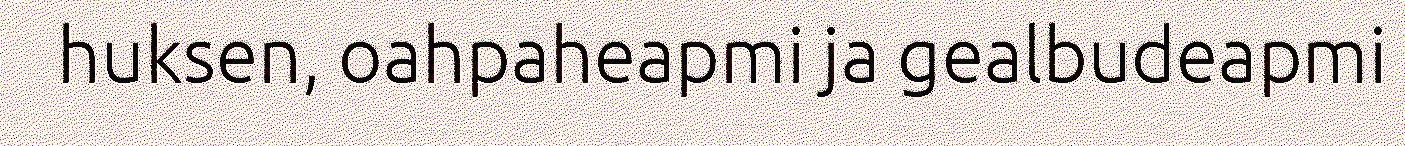
huksen, oahpaheapmi ja gealbudeapmi